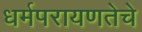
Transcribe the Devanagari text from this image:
धर्मपरायणतेचे